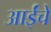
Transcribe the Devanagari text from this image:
आईंचे